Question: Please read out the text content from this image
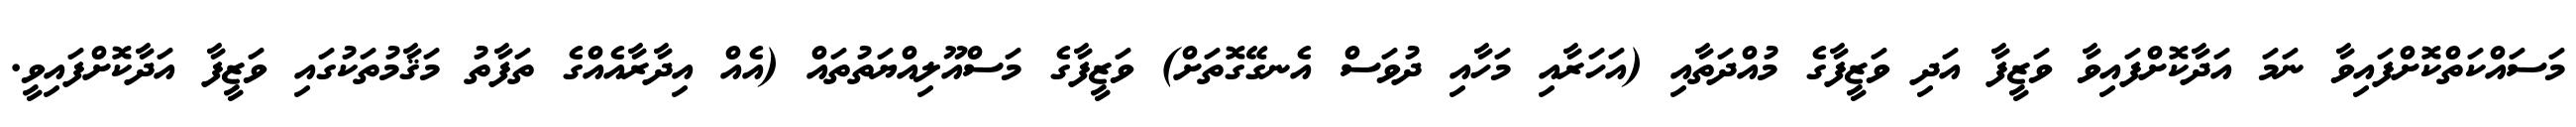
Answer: މަސައްކަތްކޮށްފައިވާ ނަމަ އަދާކޮށްފައިވާ ވަޒީފާ އަދި ވަޒީފާގެ މުއްދަތާއި (އަހަރާއި މަހާއި ދުވަސް އެނގޭގޮތަށް) ވަޒީފާގެ މަސްއޫލިއްޔަތުތައް (އެއް އިދާރާއެއްގެ ތަފާތު މަޤާމުތަކުގައި ވަޒީފާ އަދާކޮށްފައިވީ.